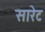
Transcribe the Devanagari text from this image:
सारेट